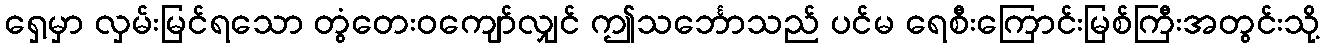
ရှေ့မှာ လှမ်းမြင်ရသော တွံတေးဝကျော်လျှင် ဤသင်္ဘောသည် ပင်မ ရေစီးကြောင်းမြစ်ကြီးအတွင်းသို့